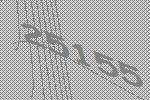
25155